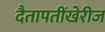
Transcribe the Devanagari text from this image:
दैतापतींखेरीज